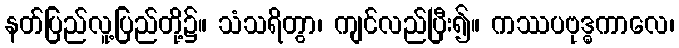
နတ်ပြည်လူ့ပြည်တို့၌။ သံသရိတွာ၊ ကျင်လည်ပြီး၍။ ကဿပဗုဒ္ဓကာလေ၊